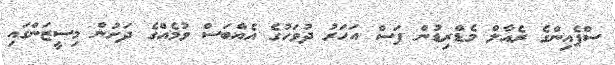
ސްޕެއިންގެ ރެއާލް މެޑްރިޑުން ފަސް އަހަރު ދުވަހުގެ އެއްބަސް ވުމެއްގެ ދަށުން މިސީޒަންގައި